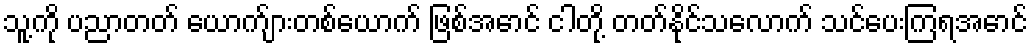
သူ့ကို ပညာတတ် ယောက်ျားတစ်ယောက် ဖြစ်အောင် ငါတို့ တတ်နိုင်သလောက် သင်ပေးကြရအောင်